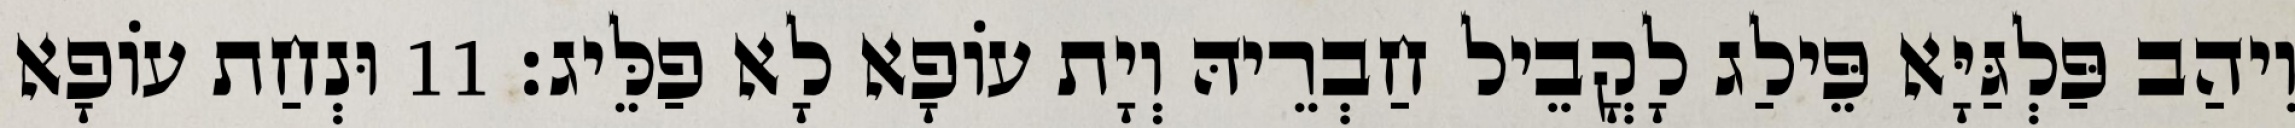
וִיהַב פַּלְגַּיָּא פֵּילַג לָקֳבֵיל חַבְרֵיהּ וְיָת עוֹפָא לָא פַלֵּיג׃ 11 וּנְחַת עוֹפָא